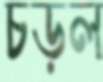
চড়ল